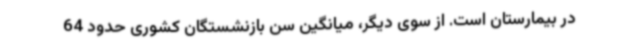
در بیمارستان است. از سوی دیگر، میانگین سن بازنشستگان کشوری حدود 64